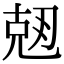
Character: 𠒘